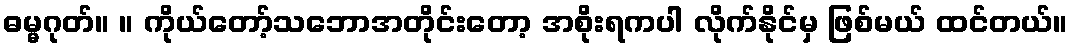
ဓမ္မဂုတ်။ ။ ကိုယ်တော့်သဘောအတိုင်းတော့ အစိုးရကပါ လိုက်နိုင်မှ ဖြစ်မယ် ထင်တယ်။